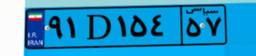
۹۱D۱۵۴۵۷